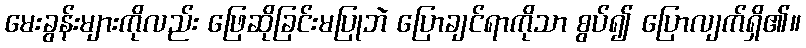
မေးခွန်းများကိုလည်း ဖြေဆိုခြင်းမပြုဘဲ ပြောချင်ရာကိုသာ စွပ်၍ ပြောလျက်ရှိ၏။